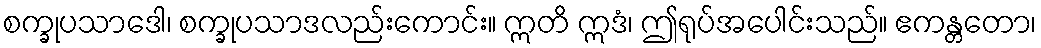
စက္ခုပသာဒေါ၊ စက္ခုပသာဒလည်းကောင်း။ ဣတိ ဣဒံ၊ ဤရုပ်အပေါင်းသည်။ ဧကန္တတော၊